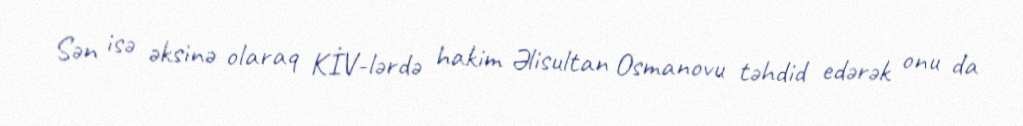
Sən isə əksinə olaraq KİV-lərdə hakim Əlisultan Osmanovu təhdid edərək onu da